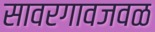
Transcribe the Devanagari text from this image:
सावरगावजवळ